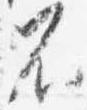
不